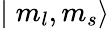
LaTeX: \mid m_{l},m_{s}\rangle